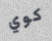
كوي